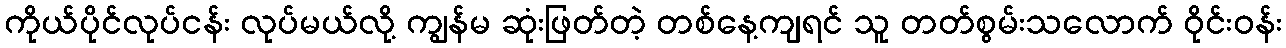
ကိုယ်ပိုင်လုပ်ငန်း လုပ်မယ်လို့ ကျွန်မ ဆုံးဖြတ်တဲ့ တစ်နေ့ကျရင် သူ တတ်စွမ်းသလောက် ဝိုင်းဝန်း